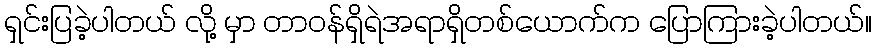
ရှင်းပြခဲ့ပါတယ် လို့ မှာ တာဝန်ရှိရဲအရာရှိတစ်ယောက်က ပြောကြားခဲ့ပါတယ်။